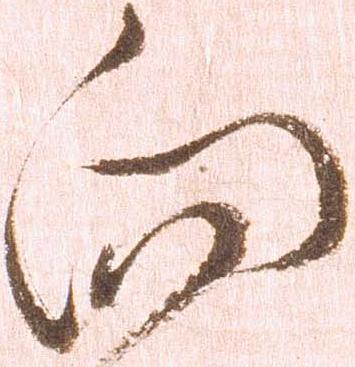
向